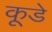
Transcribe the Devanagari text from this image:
कूडे